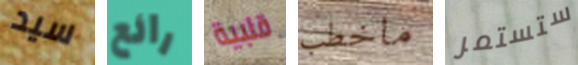
سيد رائع قلبية ماخطب ستستمر